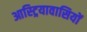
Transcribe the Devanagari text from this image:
आस्ट्रियावासियों